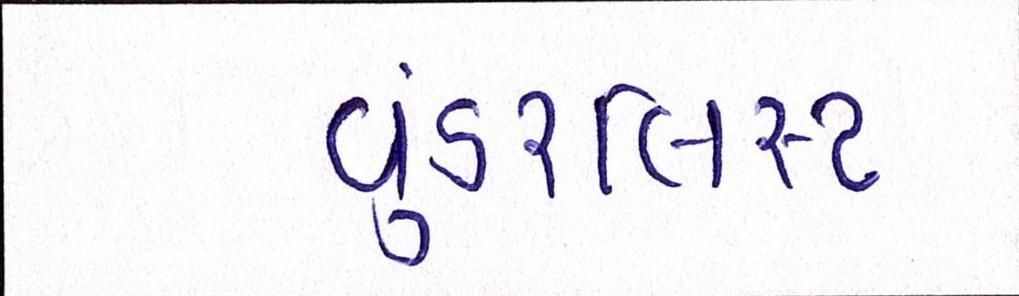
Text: વુંડરલિસ્ટ